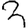
Digit: 3